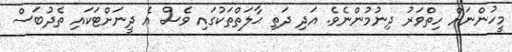
މީހުންނަށް ހިތްވަރު ދިނުމުންނެވެ. އަދި ދަތި ޙާލަތްތަކުގައި ވެސް އެ ދީނަށްޓަކައި ތެދުބަސް